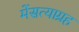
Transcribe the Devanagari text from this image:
मेंसत्याग्रह